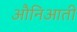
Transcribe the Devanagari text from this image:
औनिआती